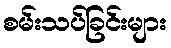
စမ်းသပ်ခြင်းများ